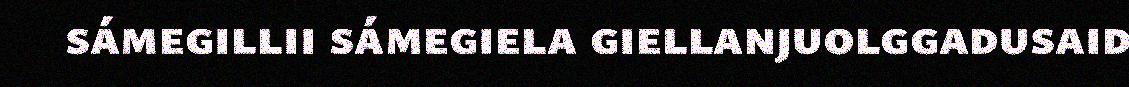
sámegillii sámegiela giellanjuolggadusaid